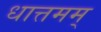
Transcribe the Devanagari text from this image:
धात्तमम्‌